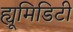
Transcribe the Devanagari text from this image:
ह्यूमिडिटी